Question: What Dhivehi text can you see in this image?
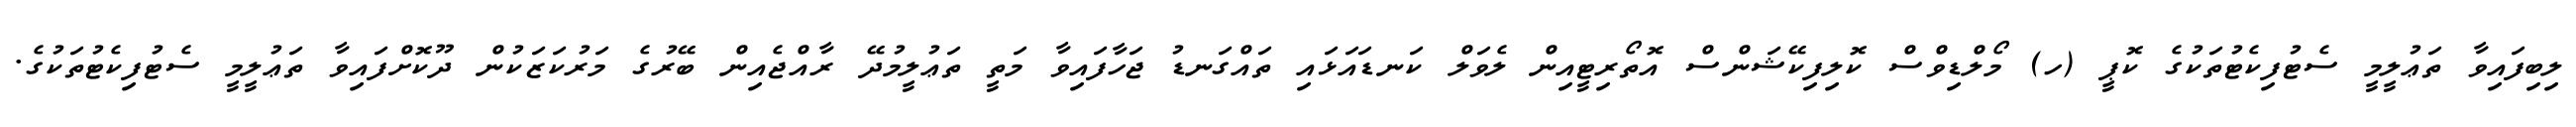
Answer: ލިބިފައިވާ ތަޢުލީމީ ސެޓުފިކެޓުތަކުގެ ކޮޕީ (ހ) މޯލްޑިވްސް ކޮލިފިކޭޝަންސް އޮތޯރިޓީއިން ލެވަލް ކަނޑައަޅައި ތައްގަނޑު ޖަހާފައިވާ މަތީ ތަޢުލީމުދޭ ރާއްޖެއިން ބޭރުގެ މަރުކަޒަކުން ދޫކޮށްފައިވާ ތަޢުލީމީ ސެޓުފިކެޓުތަކުގެ.